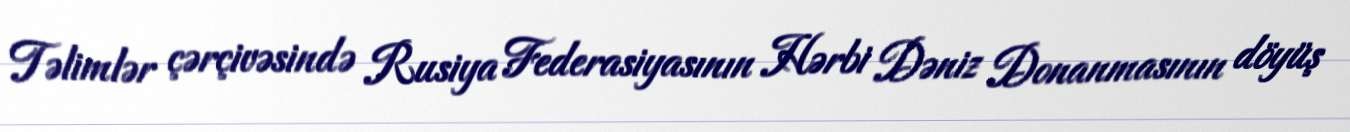
Təlimlər çərçivəsində Rusiya Federasiyasının Hərbi Dəniz Donanmasının döyüş